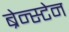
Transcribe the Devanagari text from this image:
ब्रेन्स्टेन